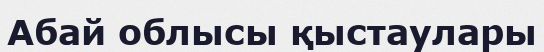
Абай облысы қыстаулары